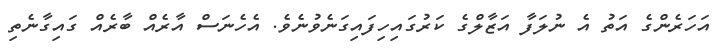
އަހަރެންގެ އަތު އެ ނުލަފާ އަޒާލްގެ ކަރުގައިހިފައިގަނެވުނެވެ. އެހެނަސް އާރެއް ބާރެއް ގައިގާނެތި